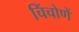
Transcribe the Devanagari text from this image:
चिंचोणें